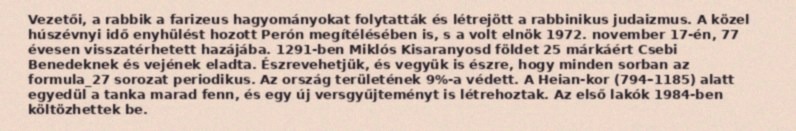
Vezetői, a rabbik a farizeus hagyományokat folytatták és létrejött a rabbinikus judaizmus. A közel húszévnyi idő enyhülést hozott Perón megítélésében is, s a volt elnök 1972. november 17-én, 77 évesen visszatérhetett hazájába. 1291-ben Miklós Kisaranyosd földet 25 márkáért Csebi Benedeknek és vejének eladta. Észrevehetjük, és vegyük is észre, hogy minden sorban az formula_27 sorozat periodikus. Az ország területének 9%-a védett. A Heian-kor (794–1185) alatt egyedül a tanka marad fenn, és egy új versgyűjteményt is létrehoztak. Az első lakók 1984-ben költözhettek be.